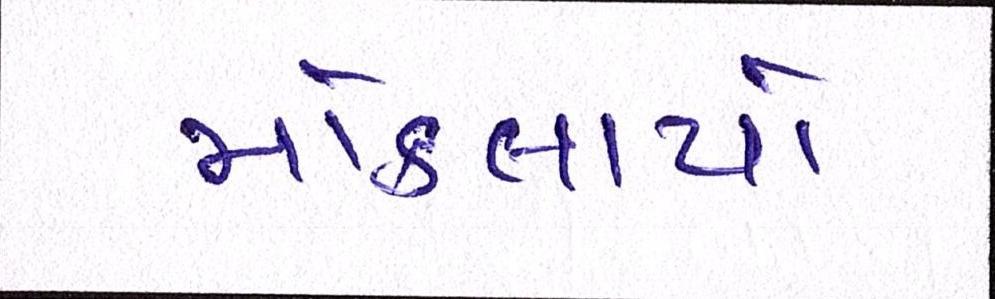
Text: મોકલાયો